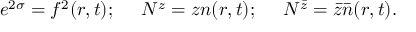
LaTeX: e ^ { 2 \sigma } = f ^ { 2 } ( r , t ) ; ~ ~ ~ ~ N ^ { z } = z n ( r , t ) ; ~ ~ ~ ~ N ^ { \bar { z } } = \bar { z } \bar { n } ( r , t ) .